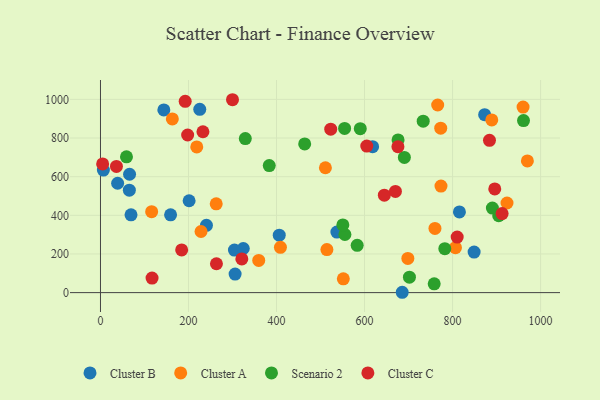
{"axis": {"x": "Distance", "y": "Sales"}, "legend": ["Cluster A", "Cluster B", "Cluster C", "Scenario 2"], "data": [{"x": "201.4", "y": 475.4, "type": "Cluster B"}, {"x": "849.0", "y": 209.9, "type": "Cluster B"}, {"x": "685.6", "y": 1.8, "type": "Cluster B"}, {"x": "6.6", "y": 634.0, "type": "Cluster B"}, {"x": "39.0", "y": 565.9, "type": "Cluster B"}, {"x": "537.2", "y": 313.2, "type": "Cluster B"}, {"x": "872.9", "y": 921.0, "type": "Cluster B"}, {"x": "65.6", "y": 530.3, "type": "Cluster B"}, {"x": "144.0", "y": 945.2, "type": "Cluster B"}, {"x": "159.3", "y": 402.4, "type": "Cluster B"}, {"x": "815.6", "y": 417.7, "type": "Cluster B"}, {"x": "69.4", "y": 402.6, "type": "Cluster B"}, {"x": "305.9", "y": 96.0, "type": "Cluster B"}, {"x": "225.6", "y": 948.3, "type": "Cluster B"}, {"x": "304.4", "y": 220.1, "type": "Cluster B"}, {"x": "240.8", "y": 348.4, "type": "Cluster B"}, {"x": "406.2", "y": 297.5, "type": "Cluster B"}, {"x": "324.5", "y": 228.4, "type": "Cluster B"}, {"x": "66.1", "y": 612.5, "type": "Cluster B"}, {"x": "618.3", "y": 755.0, "type": "Cluster B"}, {"x": "766.2", "y": 971.0, "type": "Cluster A"}, {"x": "970.0", "y": 681.6, "type": "Cluster A"}, {"x": "960.2", "y": 960.4, "type": "Cluster A"}, {"x": "773.7", "y": 551.3, "type": "Cluster A"}, {"x": "116.3", "y": 419.1, "type": "Cluster A"}, {"x": "163.3", "y": 898.9, "type": "Cluster A"}, {"x": "359.6", "y": 166.6, "type": "Cluster A"}, {"x": "263.0", "y": 459.3, "type": "Cluster A"}, {"x": "408.9", "y": 234.2, "type": "Cluster A"}, {"x": "551.8", "y": 71.2, "type": "Cluster A"}, {"x": "806.6", "y": 232.4, "type": "Cluster A"}, {"x": "514.5", "y": 222.7, "type": "Cluster A"}, {"x": "511.1", "y": 646.1, "type": "Cluster A"}, {"x": "228.5", "y": 316.4, "type": "Cluster A"}, {"x": "923.7", "y": 463.7, "type": "Cluster A"}, {"x": "218.8", "y": 753.8, "type": "Cluster A"}, {"x": "760.0", "y": 332.0, "type": "Cluster A"}, {"x": "889.1", "y": 893.6, "type": "Cluster A"}, {"x": "698.4", "y": 177.1, "type": "Cluster A"}, {"x": "773.1", "y": 850.8, "type": "Cluster A"}, {"x": "690.5", "y": 699.5, "type": "Scenario 2"}, {"x": "676.2", "y": 790.3, "type": "Scenario 2"}, {"x": "890.5", "y": 437.4, "type": "Scenario 2"}, {"x": "758.3", "y": 45.5, "type": "Scenario 2"}, {"x": "555.4", "y": 300.9, "type": "Scenario 2"}, {"x": "590.3", "y": 848.2, "type": "Scenario 2"}, {"x": "59.1", "y": 702.5, "type": "Scenario 2"}, {"x": "782.4", "y": 227.2, "type": "Scenario 2"}, {"x": "550.7", "y": 350.4, "type": "Scenario 2"}, {"x": "383.5", "y": 657.5, "type": "Scenario 2"}, {"x": "554.7", "y": 849.5, "type": "Scenario 2"}, {"x": "464.0", "y": 769.4, "type": "Scenario 2"}, {"x": "733.3", "y": 887.1, "type": "Scenario 2"}, {"x": "702.0", "y": 79.8, "type": "Scenario 2"}, {"x": "904.9", "y": 398.3, "type": "Scenario 2"}, {"x": "961.2", "y": 890.1, "type": "Scenario 2"}, {"x": "329.1", "y": 797.3, "type": "Scenario 2"}, {"x": "583.3", "y": 244.8, "type": "Scenario 2"}, {"x": "192.5", "y": 989.7, "type": "Cluster C"}, {"x": "883.9", "y": 787.9, "type": "Cluster C"}, {"x": "523.2", "y": 845.8, "type": "Cluster C"}, {"x": "321.2", "y": 174.2, "type": "Cluster C"}, {"x": "675.9", "y": 755.0, "type": "Cluster C"}, {"x": "645.0", "y": 504.5, "type": "Cluster C"}, {"x": "810.5", "y": 287.4, "type": "Cluster C"}, {"x": "670.2", "y": 523.5, "type": "Cluster C"}, {"x": "232.8", "y": 832.6, "type": "Cluster C"}, {"x": "300.0", "y": 998.2, "type": "Cluster C"}, {"x": "117.2", "y": 75.2, "type": "Cluster C"}, {"x": "895.9", "y": 536.7, "type": "Cluster C"}, {"x": "36.3", "y": 653.2, "type": "Cluster C"}, {"x": "184.5", "y": 220.8, "type": "Cluster C"}, {"x": "605.1", "y": 758.6, "type": "Cluster C"}, {"x": "912.6", "y": 409.3, "type": "Cluster C"}, {"x": "198.1", "y": 815.7, "type": "Cluster C"}, {"x": "263.5", "y": 149.3, "type": "Cluster C"}, {"x": "4.9", "y": 666.2, "type": "Cluster C"}]}